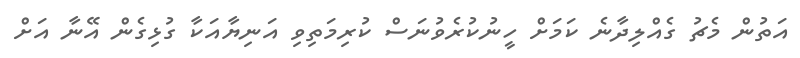
އަތުން މެޗު ގެއްލިދާނެ ކަމަށް ހީނުކުރެވުނަސް ކުރިމަތިވި އަނިޔާއަކާ ގުޅިގެން އޭނާ އަށް